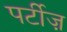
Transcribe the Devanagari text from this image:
पर्टीज़